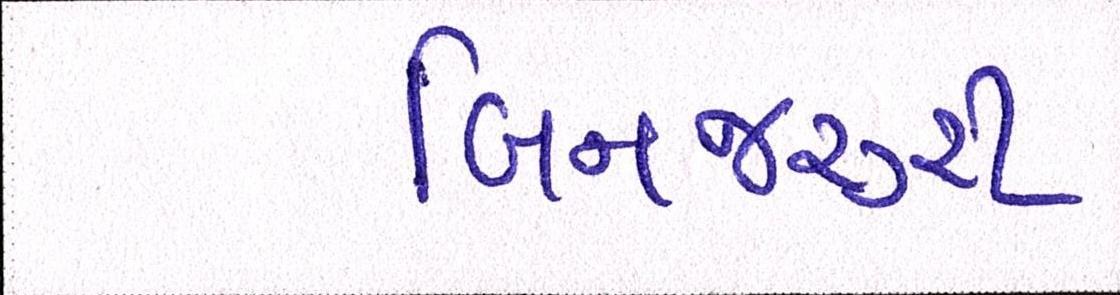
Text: બિનજરૂરી